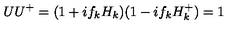
U U ^ { + } = ( 1 + i f _ { k } H _ { k } ) ( 1 - i f _ { k } H _ { k } ^ { + } ) = 1